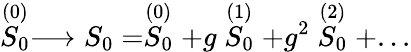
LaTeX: \stackrel{(0)}{S_{0}}\longrightarrow S_{0}=\stackrel{(0)}{S_{0}}+g\stackrel{(1)}{S_{0}}+g^{2}\stackrel{(2)}{S_{0}}+...